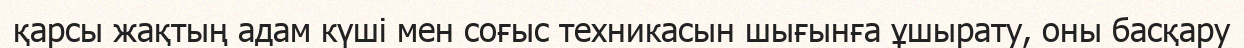
қарсы жақтың адам күші мен соғыс техникасын шығынға ұшырату, оны басқару